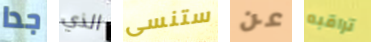
جدا الذي ستنسى عن تراقبه